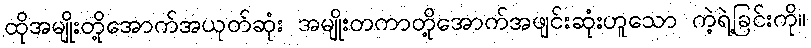
ထိုအမျိုးတို့အောက်အယုတ်ဆုံး အမျိုးတကာတို့အောက်အဖျင်းဆုံးဟူသော ကဲ့ရဲ့ခြင်းကို။